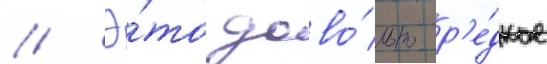
// Э́то дово́льно р'е́дкое